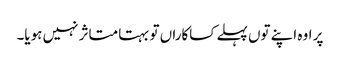
پر اوہ اپنے توں پہلے کساکاراں تو بہتا متاثر نہیں ہویا۔